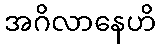
အဂိလာနေဟိ